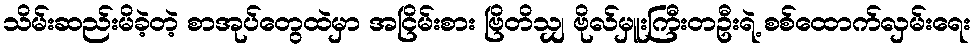
သိမ်းဆည်းမိခဲ့တဲ့ စာအုပ်တွေထဲမှာ အငြိမ်းစား ဗြိတိသျှ ဗိုလ်မှူးကြီးတဦးရဲ့ စစ်ထောက်လှမ်းရေး